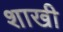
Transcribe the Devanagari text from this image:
शाखी